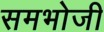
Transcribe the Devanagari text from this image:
समभोजी